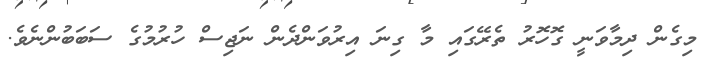
މިގެން ދިމާވަނީ ގޮހޮރު ތެރޭގައި މާ ގިނަ އިރުވަންދެން ނަޖިސް ހުރުމުގެ ސަބަބުންނެވެ.